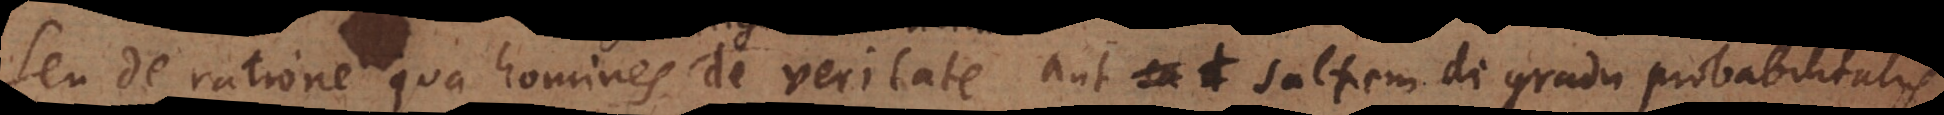
seu de ratione qua homines de veritate aut saltem de gradu probabilitatis